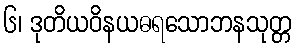
၆၊ ဒုတိယဝိနယဓရသောဘနသုတ္တ